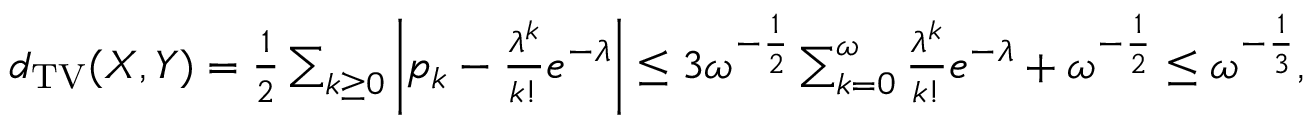
\begin{array} { r } { d _ { \mathrm { T V } } ( X , Y ) = \frac { 1 } { 2 } \sum _ { k \geq 0 } \left| p _ { k } - \frac { \lambda ^ { k } } { k ! } e ^ { - \lambda } \right| \leq 3 \omega ^ { - \frac { 1 } { 2 } } \sum _ { k = 0 } ^ { \omega } \frac { \lambda ^ { k } } { k ! } e ^ { - \lambda } + \omega ^ { - \frac { 1 } { 2 } } \leq \omega ^ { - \frac { 1 } { 3 } } , } \end{array}